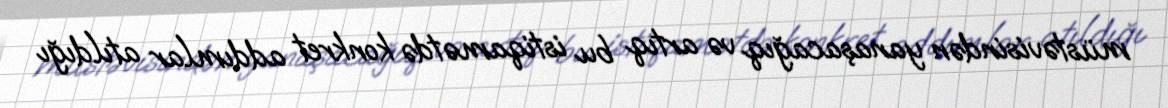
müstəvisindən yanaşacağıq və artıq bu istiqamətdə konkret addımlar atıldığı